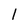
Character: l